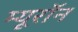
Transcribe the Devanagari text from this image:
म्यूरॉन